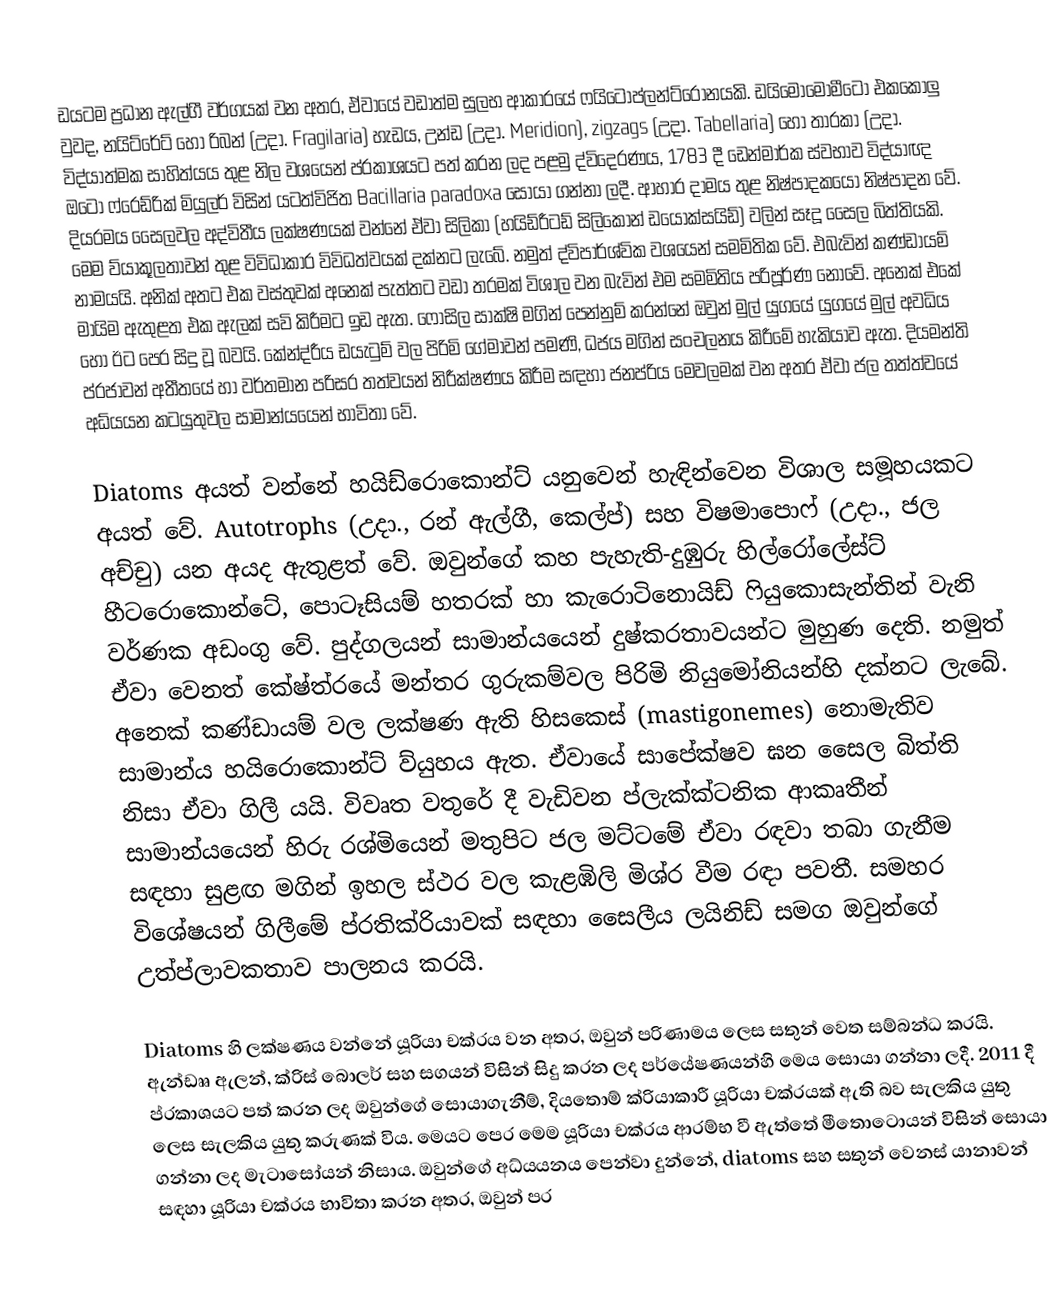
ඩයටම ප්‍රධාන ඇල්ගී වර්ගයක් වන අතර, ඒවායේ වඩාත්ම සුලභ ආකාරයේ ෆයිටොප්ලන්ට්රෝනයකි. ඩයිමොමොමීටෝ එකකොලු වුවද, නයිට්රේට් හෝ රිබන් (උදා. Fragilaria) හැඩය, උන්ඩ (උදා. Meridion), zigzags (උදා. Tabellaria) හෝ තාරකා (උදා. විද්යාත්මක සාහිත්යය තුළ නිල වශයෙන් ප්රකාශයට පත් කරන ලද පළමු ද්විදෙරණය, 1783 දී ඩෙන්මාර්ක ස්වභාව විද්යාඥ ඔටෝ ෆ්රෙඩ්රික් මියුලර් විසින් යටත්විජිත Bacillaria paradoxa සොයා ගන්නා ලදී. ආහාර දාමය තුළ නිෂ්පාදකයෝ නිෂ්පාදන වේ. දියරමය සෛලවල අද්විතීය ලක්ෂණයක් වන්නේ ඒවා සිලිකා (හයිඩ්රීටඩ් සිලිකොන් ඩයොක්සයිඩ්) වලින් සෑදූ සෛල බිත්තියකි. මෙම ව්යාකූලතාවන් තුළ විවිධාකාර විවිධත්වයක් දක්නට ලැබේ. නමුත් ද්විපාර්ශ්වික වශයෙන් සමමිතික වේ. එබැවින් කණ්ඩායම් නාමයයි. අනික් අතට එක වස්තුවක් අනෙක් පැත්තට වඩා තරමක් විශාල වන බැවින් එම සමමිතිය පරිපූර්ණ නොවේ. අනෙක් එකේ මායිම ඇතුළත එක ඇලක් සවි කිරීමට ඉඩ ඇත. ෆොසිල සාක්ෂි මගින් පෙන්නුම් කරන්නේ ඔවුන් මුල් යුගයේ යුගයේ මුල් අවධිය හෝ ඊට පෙර සිදු වූ බවයි. කේන්ද්රීය ඩයැටුම් වල පිරිමි ගේමාවන් පමණි, ධජය මගින් සංචලනය කිරීමේ හැකියාව ඇත. දියමන්ති ප්රජාවන් අතීතයේ හා වර්තමාන පරිසර තත්වයන් නිරීක්ෂණය කිරීම සඳහා ජනප්රිය මෙවලමක් වන අතර ඒවා ජල තත්ත්වයේ අධ්යයන කටයුතුවල සාමාන්යයෙන් භාවිතා වේ.

Diatoms අයත් වන්නේ හයිඩ්රොකොන්ට් යනුවෙන් හැඳින්වෙන විශාල සමූහයකට අයත් වේ. Autotrophs (උදා., රන් ඇල්ගී, කෙල්ප්) සහ විෂමාපොෆ් (උදා., ජල අච්චු) යන අයද ඇතුළත් වේ. ඔවුන්ගේ කහ පැහැති-දුඹුරු හිල්රෝලේස්ට් හීටරොකොන්ටේ, පොටෑසියම් හතරක් හා කැරොටිනොයිඩ් ෆියුකොසැන්තින් වැනි වර්ණක අඩංගු වේ. පුද්ගලයන් සාමාන්යයෙන් දුෂ්කරතාවයන්ට මුහුණ දෙති. නමුත් ඒවා වෙනත් කේෂ්ත්රයේ මන්තර ගුරුකම්වල පිරිමි නියුමෝනියන්හි දක්නට ලැබේ. අනෙක් කණ්ඩායම් වල ලක්ෂණ ඇති හිසකෙස් (mastigonemes) නොමැතිව සාමාන්ය හයිරොකොන්ට් ව්යුහය ඇත. ඒවායේ සාපේක්ෂව ඝන සෛල බිත්ති නිසා ඒවා ගිලී යයි. විවෘත වතුරේ දී වැඩිවන ප්ලැක්ක්ටනික ආකෘතීන් සාමාන්යයෙන් හිරු රශ්මියෙන් මතුපිට ජල මට්ටමේ ඒවා රඳවා තබා ගැනීම සඳහා සුළඟ මගින් ඉහල ස්ථර වල කැළඹිලි මිශ්ර වීම රඳා පවතී. සමහර විශේෂයන් ගිලීමේ ප්රතික්රියාවක් සඳහා සෛලීය ලයිනිඩ් සමග ඔවුන්ගේ උත්ප්ලාවකතාව පාලනය කරයි.

Diatoms හි ලක්ෂණය වන්නේ යූරියා චක්රය වන අතර, ඔවුන් පරිණාමය ලෙස සතුන් වෙත සම්බන්ධ කරයි. ඇන්ඩෲ ඇලන්, ක්රිස් බොලර් සහ සගයන් විසින් සිදු කරන ලද පර්යේෂණයන්හි මෙය සොයා ගන්නා ලදී. 2011 දී ප්රකාශයට පත් කරන ලද ඔවුන්ගේ සොයාගැනීම්, දියතොම් ක්රියාකාරී යූරියා චක්රයක් ඇති බව සැලකිය යුතු ලෙස සැලකිය යුතු කරුණක් විය. මෙයට පෙර මෙම යූරියා චක්රය ආරම්භ වී ඇත්තේ මීතොටොයන් විසින් සොයා ගන්නා ලද මැටාසෝයන් නිසාය. ඔවුන්ගේ අධ්යයනය පෙන්වා දුන්නේ, diatoms සහ සතුන් වෙනස් යානාවන් සඳහා යූරියා චක්රය භාවිතා කරන අතර, ඔවුන් පර